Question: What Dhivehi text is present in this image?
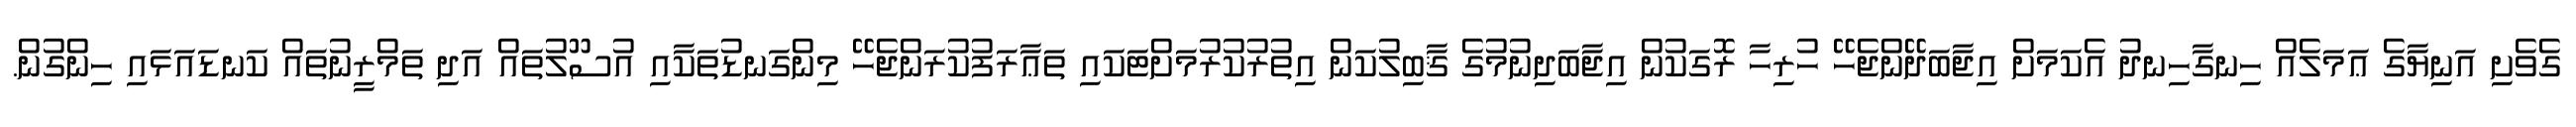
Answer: ގެވެށި އަނިޔާގެ ޢަމަލެއް ހިނގާހިނދު އެކަމަށް އިޖާބަދޭންޖެހޭ ހުރިހާ ރޮގަކުން އިޖާބަދިނުމުގެ ޤާބިލުކަން އިތުރުކުރުމަށްޓަކައި ތަޢާރަފުކުރަންޖެހޭ މިންގަނޑުތަކާއި އުސޫލުތައް އަދި ތަމްރީނުތައް ކަނޑައަޅައި ހިންގުން.